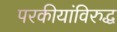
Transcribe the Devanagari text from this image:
परकीयांविरुद्ध